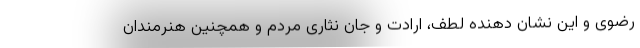
رضوی و این نشان دهنده لطف، ارادت و جان نثاری مردم و همچنین هنرمندان